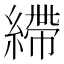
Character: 𦄂